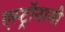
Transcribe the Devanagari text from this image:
एस्‍ट्रॉनामी